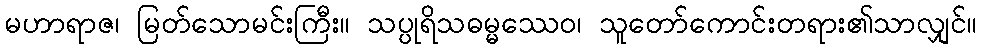
မဟာရာဇ၊ မြတ်သောမင်းကြီး။ သပ္ပုရိသဓမ္မဿေဝ၊ သူတော်ကောင်းတရား၏သာလျှင်။